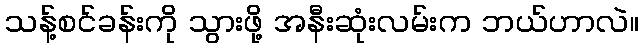
သန့်စင်ခန်းကို သွားဖို့ အနီးဆုံးလမ်းက ဘယ်ဟာလဲ။